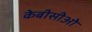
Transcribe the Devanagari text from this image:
केबीसीओ